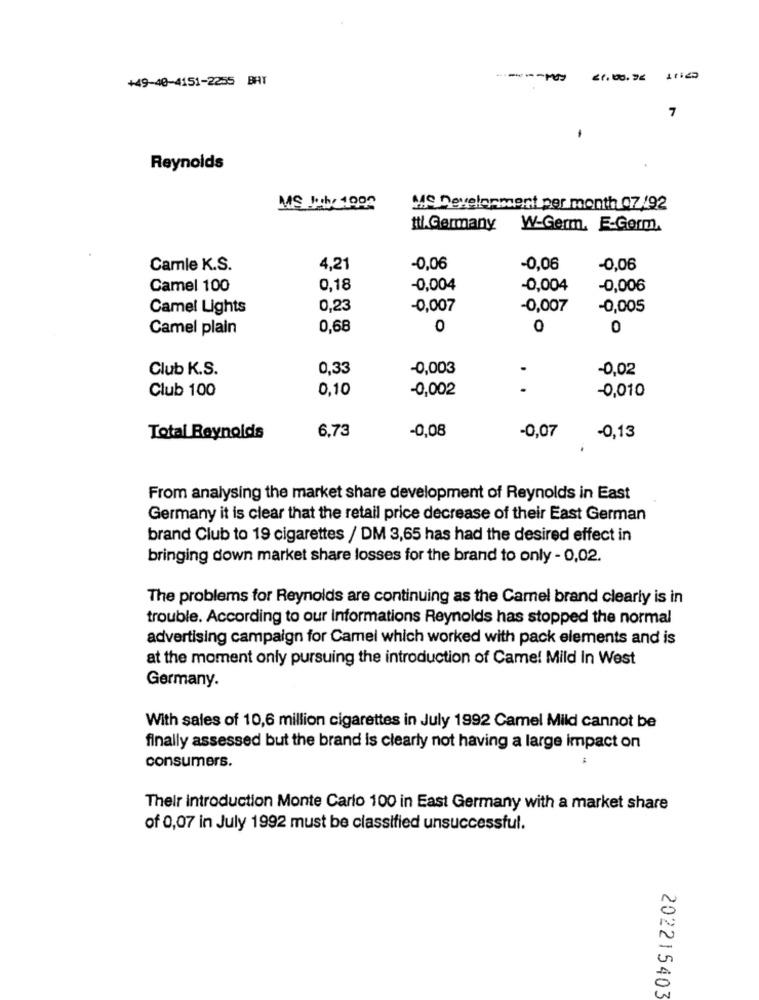
+49-40-4151-2255 BAT
------ 02
7
Reynolds
MS Development per month 07/92
ttl.Germany
W-Germ. E-Gorm.
Camle K.S.
4,21
-0,06
-0,06
-0,06
Camel 100
0,18
-0,004
-0,004
-0,006
Camel Lights
0,23
-0,007
-0,007
-0,005
Camel plain
0,68
0
0
0
Club K.S.
0,33
-0,003
-0,02
Club 100
0,10
-0,002
.
-0,010
6,73
Total Reynolds
-0,08
-0,07
-0,13
From analysing the market share development of Reynolds in East
Germany it is clear that the retail price decrease of their East German
brand Club to 19 cigarettes / DM 3,65 has had the desired effect in
bringing down market share losses for the brand to only - 0,02.
The problems for Reynolds are continuing as the Camel brand clearly is in
trouble. According to our Informations Reynolds has stopped the normal
advertising campaign for Camel which worked with pack elements and is
at the moment only pursuing the introduction of Camel Mild In West
Germany.
With sales of 10,6 million cigarettes in July 1992 Camel Mild cannot be
finally assessed but the brand is clearly not having a large impact on
consumers.
Their introduction Monte Carlo 100 in East Germany with a market share
of 0,07 in July 1992 must be classified unsuccessful.
202215403